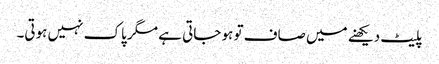
پلیٹ دیکھنے میں صاف تو ہو جاتی ہے مگر پاک نہیں ہوتی۔